Vaccination in Bombay 1902-1912 - 1902-1912
Year: 1902
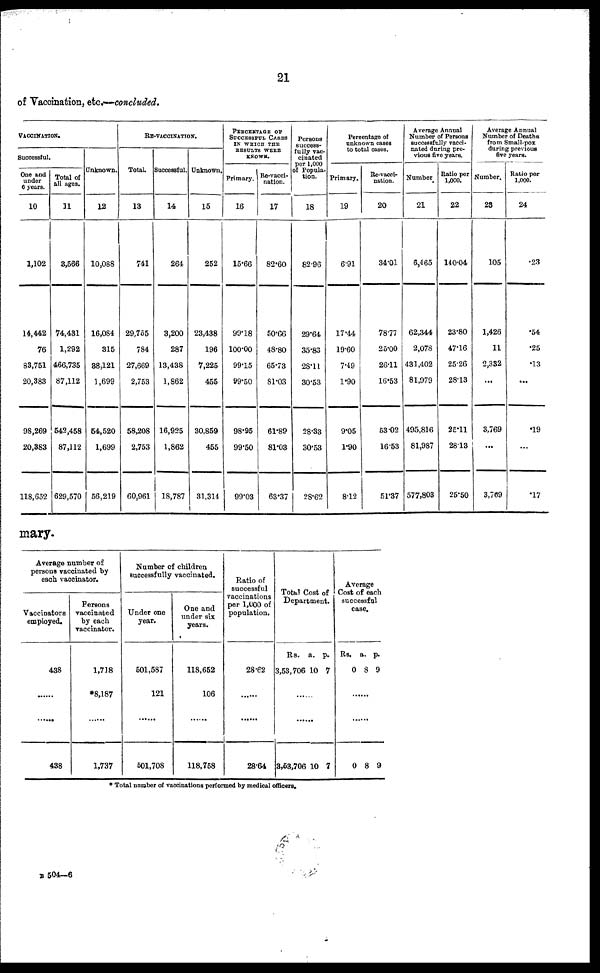
21
of Vaccination, etc.—concluded.
VACCINATION.
Successful.
One and
under
6 years.
10
1,102
14,442
76
83,751
20,383
98,269
20,383
118,652
Total of
all ages.
11
3,566
74,431
1,292
466,735
87,112
542,458
87,112
629,570
unknown.
12
10,088
16,084
315
38,121
1,699
54,520
1,699
56,219
RE-VACCINATION.
Total
13
741
29,755
784
27,669
2,753
58,208
2,753
60,961
Successful.
14
264
3,200
287
13,438
1,862
16,925
1,862
18,787
Unknown.
15
252
23,438
196
7,225
455
30,859
455
31,314
PERCENTAGE OF
SUCCESSFUL CASES
IN WHICH THE
RESULTS WERE
KNOWN.
Primary.
16
15.66
99.18
100.00
99.15
99.50
98.95
99.50
99.03
Re-vacci-
nation.
17
82.60
50.66
48.80
65.73
81.03
61.89
81.03
63.37
Persons
success-
fully vac-
cinated
per 1,000
of Popula-
tion.
18
82.96
29.64
35.83
28.11
30.53
28.33
30.53
28.62
Percentage of
unknown cases
to total cases.
Primary.
19
6.91
17.44
19.60
7.49
1.90
9.05
1.90
8.12
Re-vacci-
nation.
20
34.01
78.77
25.00
26.11
16.53
53.02
16.53
51.37
Average Annual
Number of Persons
successfully vacci-
nated during pre-
vious five years.
Number
21
6,465
62,344
2,078
431,402
81,979
495,816
81,987
577,803
Ratio per
1,000.
22
140.04
23.80
47.16
25.26
28.13
25.11
28.13
25.50
Average Annual
Number of Deaths
from Small-pox
during previous
five years.
Number.
23
105
1,426
11
2,332
...
3,769
...
3,769
Ratio per
1,000.
24
.23
.54
.25
.13
...
.19
...
.17
mary.
Average number of
persons vaccinated by
each vaccinator.
Vaccinators
employed.
438
......
......
438
Persons
vaccinated
by each
vaccinator.
1,718
*8,187
......
1,737
Number of children
successfully vaccinated.
Under one
year.
501,587
121
......
501,708
One and
under six
years.
118, 652
106
......
118,758
Ratio of
successful
vaccinations
per 1,000 of
population.
28.62
......
......
28.64
Total Cost of
Department.
Rs.
3,53,706
a.
10
p.
7
......
......
3,53,706 10 7
Average
Cost of each
successful
case.
Rs.
0
a.
8
p.
9
......
......
0 8 9
* Total number of vaccinations performed by medical officers.
B 504—6